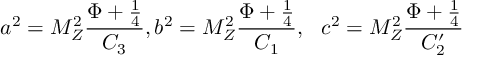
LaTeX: a ^ { 2 } = M _ { Z } ^ { 2 } \frac { \Phi + \frac { 1 } { 4 } } { C _ { 3 } } , b ^ { 2 } = M _ { Z } ^ { 2 } \frac { \Phi + \frac { 1 } { 4 } } { C _ { 1 } } , ~ ~ c ^ { 2 } = M _ { Z } ^ { 2 } \frac { \Phi + \frac { 1 } { 4 } } { C _ { 2 } ^ { \prime } }